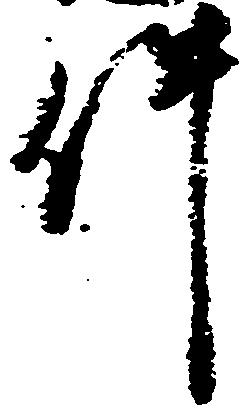
件